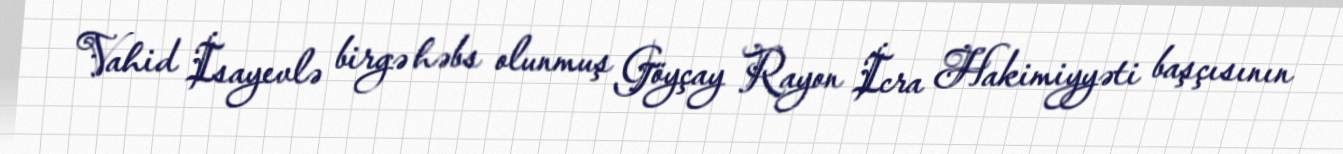
Vahid İsayevlə birgə həbs olunmuş Göyçay Rayon İcra Hakimiyyəti başçısının